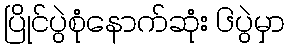
ပြိုင်ပွဲစုံနောက်ဆုံး ၆ပွဲမှာ